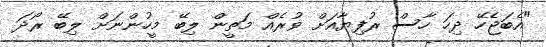
"އެބަޖެހޭ ދިހަ ހާސް ރުފިޔާއަށް ވުރެއް މަތީން ލިބޭ މީހުންނަށް ލިބޭ ރޯދަ